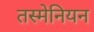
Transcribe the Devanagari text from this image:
तस्मेनियन